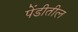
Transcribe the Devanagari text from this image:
पेंडीतील